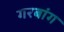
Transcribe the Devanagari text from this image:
गरबांग